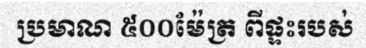
ប្រមាណ ៥០០ម៉ែត្រ ពីផ្ទះរបស់